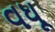
વધૂ